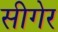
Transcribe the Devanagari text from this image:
सीगेर